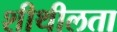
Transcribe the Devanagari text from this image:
शीथीलता